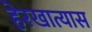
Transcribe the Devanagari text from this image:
हेरखात्यास